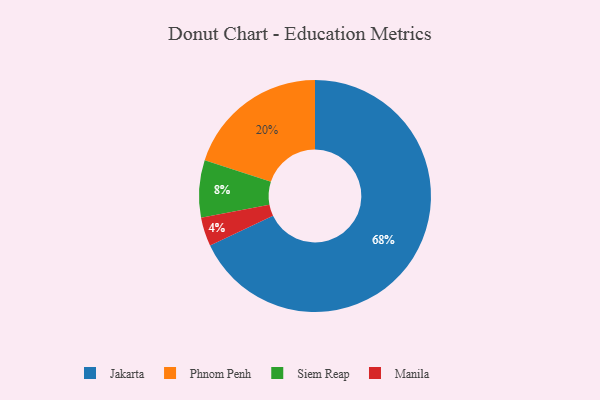
{"axis": {"x": "Category", "y": "Percentage"}, "legend": ["Jakarta", "Manila", "Phnom Penh", "Siem Reap"], "data": [{"x": "Jakarta", "y": 68, "type": "Jakarta"}, {"x": "Siem Reap", "y": 8, "type": "Siem Reap"}, {"x": "Phnom Penh", "y": 20, "type": "Phnom Penh"}, {"x": "Manila", "y": 4, "type": "Manila"}]}